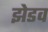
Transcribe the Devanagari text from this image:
झेडव